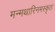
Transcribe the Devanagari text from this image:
मन्मथारिनमस्कृतः